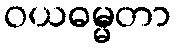
ဝယဓမ္မတာ